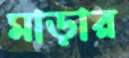
মাড়ার